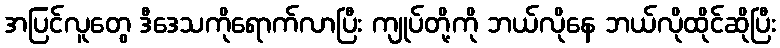
အပြင်လူတွေ ဒီဒေသကိုရောက်လာပြီး ကျုပ်တို့ကို ဘယ်လိုနေ ဘယ်လိုထိုင်ဆိုပြီး